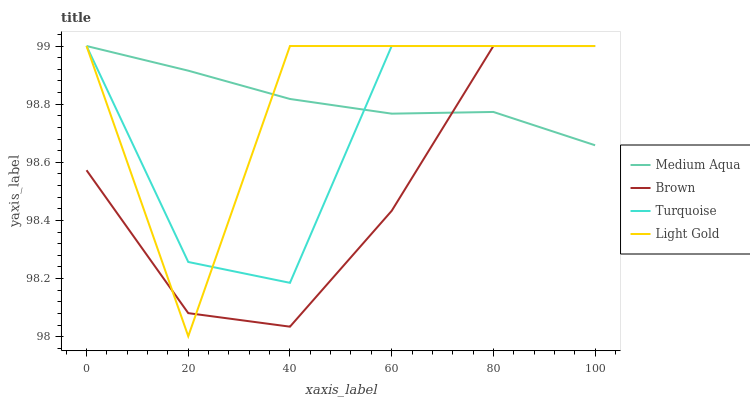
| xaxis_label | Medium Aqua | Brown | Turquoise | Light Gold |
 | --- | --- | --- | --- | --- |
 | 0 | 99 | 98.6 | 99 | 99 |
 | 20 | 98.9 | 98.1 | 98.3 | 98 |
 | 40 | 98.8 | 98 | 98.2 | 99 |
 | 60 | 98.8 | 98.4 | 99 | 99 |
 | 80 | 98.8 | 99 | 99 | 99 |
 | 100 | 98.7 | 99 | 99 | 99 |